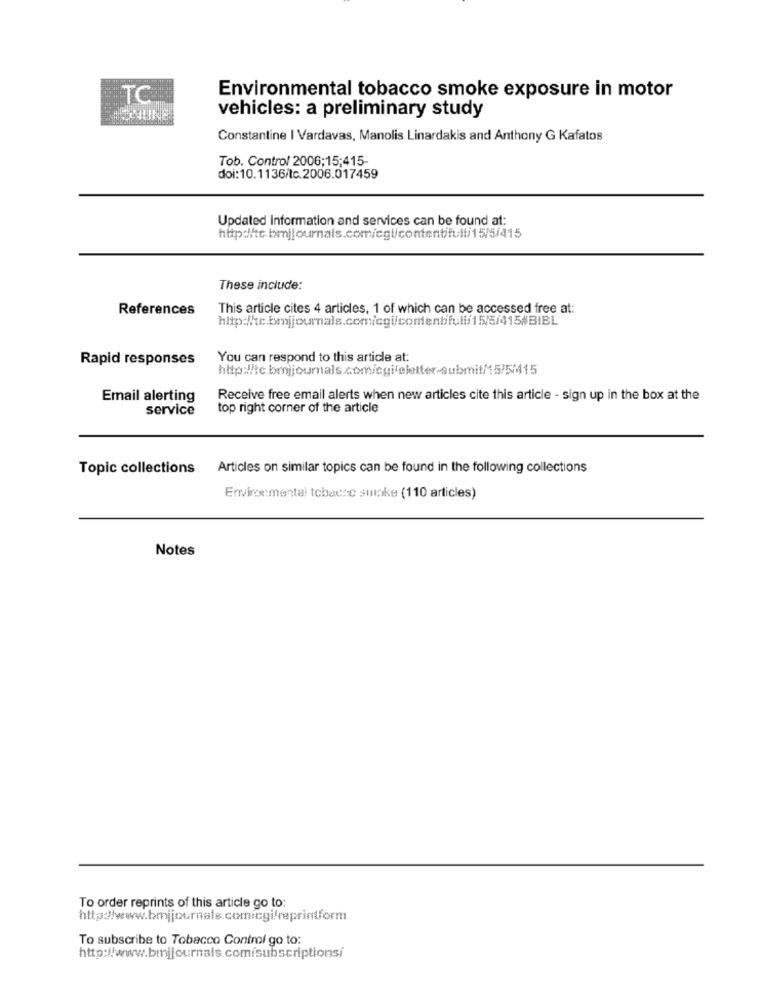
TC
Environmental tobacco smoke exposure in motor
vehicles: a preliminary study
Constantine | Vardavas, Manolis Linardakis and Anthony G Kafatos
Tob. Control 2006;15;415-
doi:10.1136/tc.2006.017459
Updated information and services can be found at:
These include:
References
This article cites 4 articles, 1 of which can be accessed free at:
Rapid responses
You can respond to this article at:
Email alerting
Receive free email alerts when new articles cite this article - sign up in the box at the
service
top right corner of the article
Topic collections
Articles on similar topics can be found in the following collections
Environmental tobacco sulke (110 articles)
Notes
To order reprints of this article go to:
http://www.bmjjournals.comicgifreprintform
To subscribe to Tobacco Control go to:
http://www.bmjjournals.com/subscriptionsi